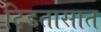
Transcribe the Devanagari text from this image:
दिडतासात